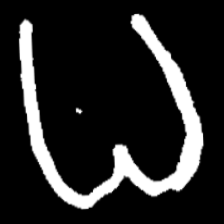
Pyu character \u2014 Myanmar letter: ဓ (romanized: dha)